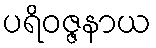
ပရိဝဇ္ဇနာယ